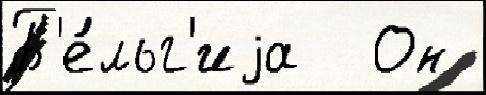
Б'е́льг'иjа  Он